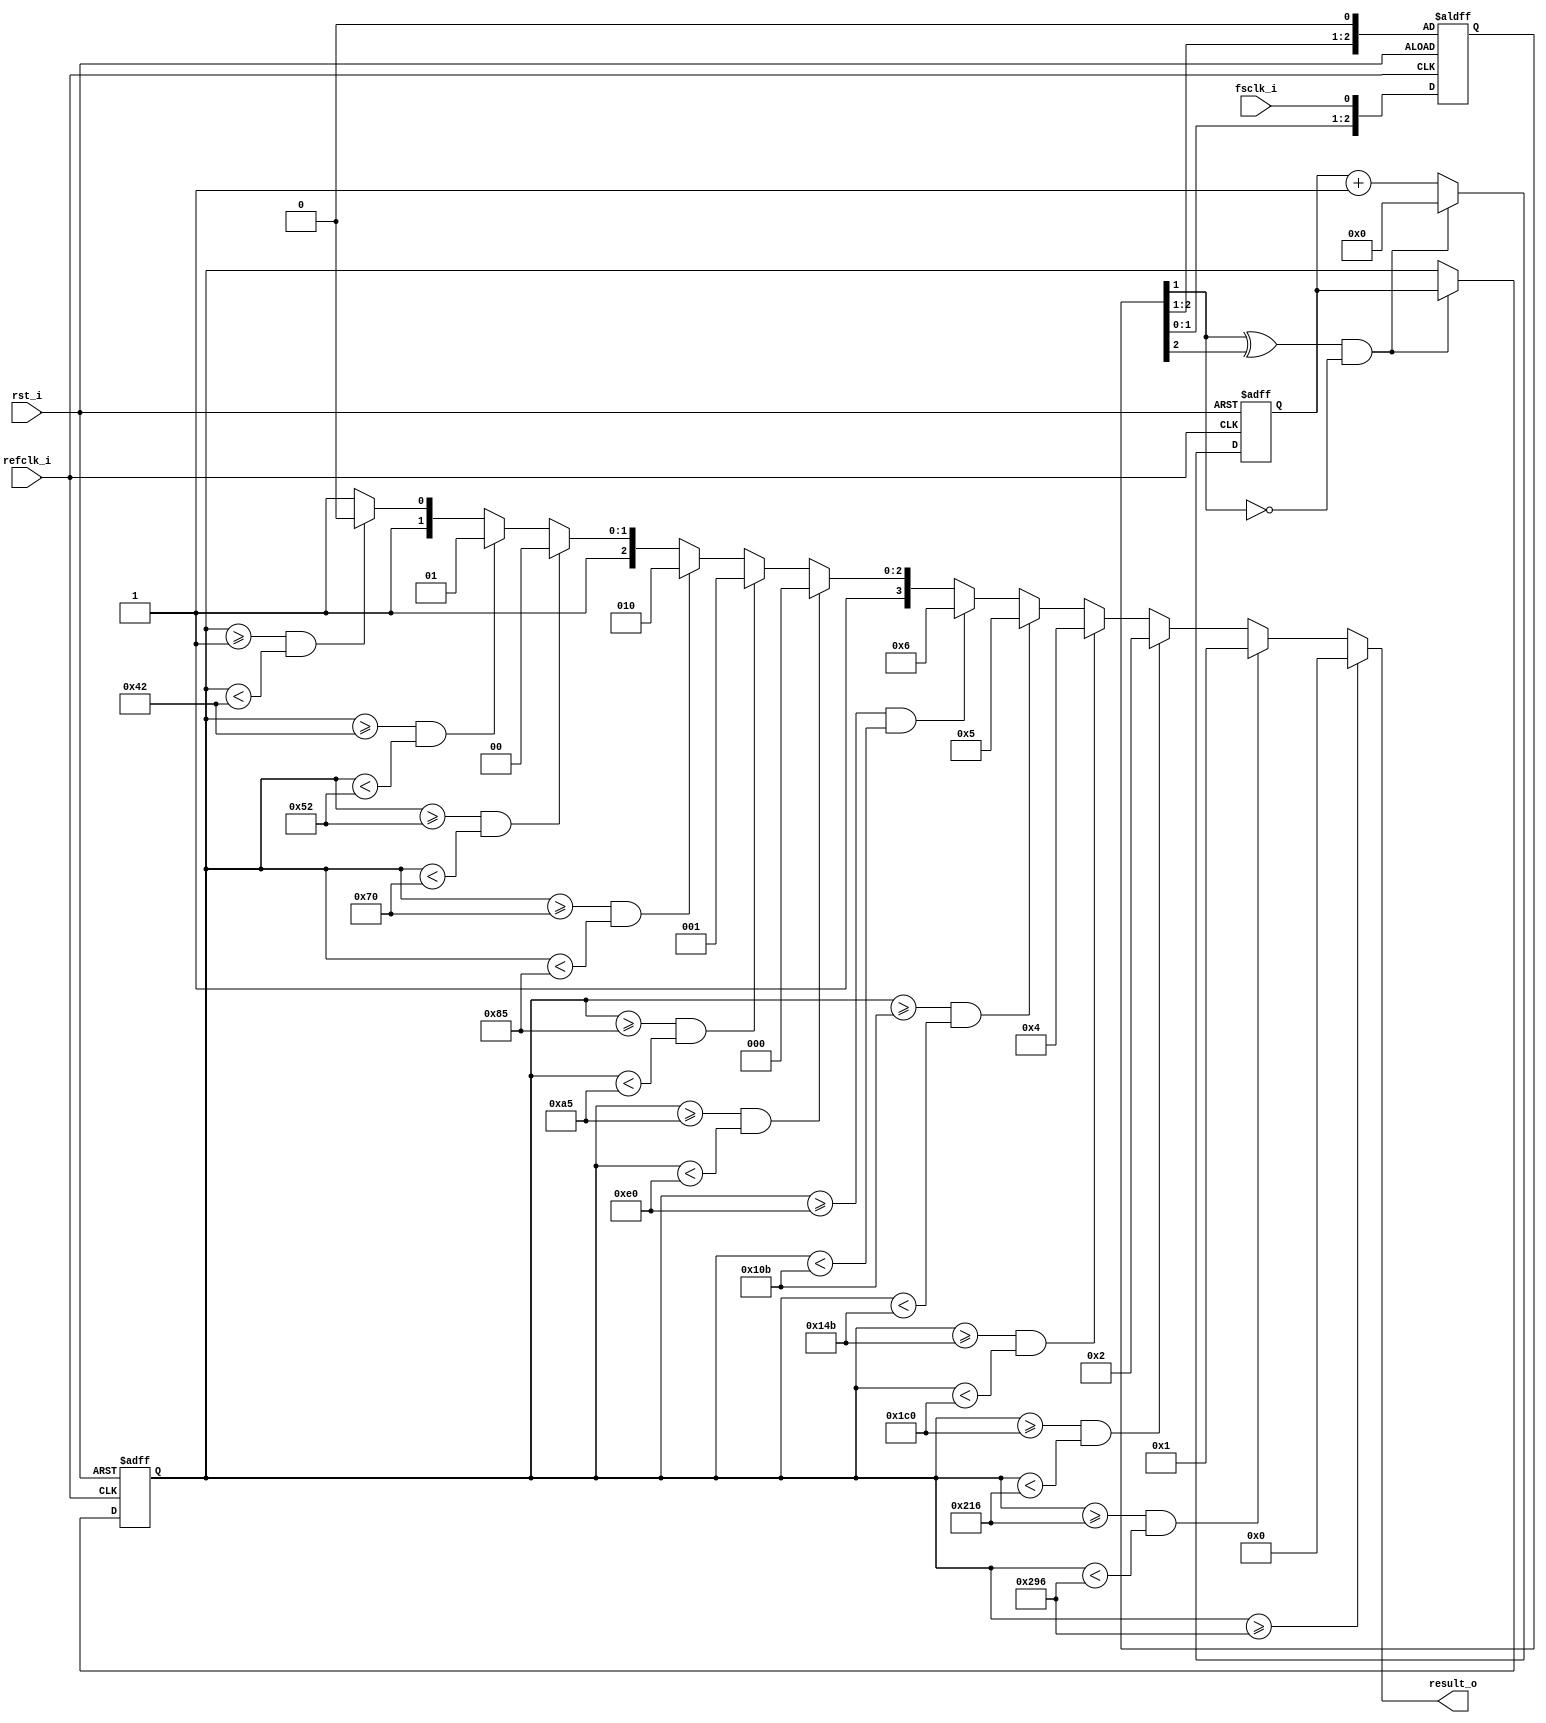
module fs_counter(
	  refclk_i
	, fsclk_i
	, rst_i
	, result_o
);

//
// I/O Ports
//
	input refclk_i;			// refclk_i must be 24.576MHz
	input fsclk_i;			// sampling clock frequency input
	input rst_i;			// Active Hi Reset
	output [3:0] result_o;	// 0000:32k, 0001:44.1k, 0010:48k, 0100:64k, 0101:88.2k, 0110:96k
							// 1000:128k, 1001:176.4k, 1010:192k, 1100:256k, 1101:352.8k: 1110:384k

//
// Wires & Registers
	reg [9:0] cnt;
	reg [9:0] l_cnt;
	reg [2:0] s_fsclk;
//
// Module
//
	//Defective for Meta-stable
	always @ (posedge rst_i or negedge refclk_i) begin
		if(rst_i) begin
			s_fsclk[0] <= 1'b0;
		end
		else begin
			s_fsclk[2:0] <= {s_fsclk[1:0], fsclk_i};
		end
	end
	//Negative Edge Detector
	wire edgedet = (s_fsclk[1] ^ s_fsclk[2]) & ~s_fsclk[1];

	always @ (posedge refclk_i or posedge rst_i) begin
		if(rst_i) begin
			l_cnt[9:0] <= 10'b0;
			cnt[9:0] <= 10'b0;
		end
		else begin
			if(edgedet) begin
				l_cnt[9:0] <= cnt[9:0];
				cnt[9:0] <= 10'b0;
			end
			else begin
				cnt[9:0] <= cnt[9:0] + 1'b1;
			end
		end
	end
	
	assign result_o = (l_cnt[9:0] >= 10'd662) ? 4'b0000 :
							(l_cnt[9:0] >= 10'd534 && l_cnt[9:0] < 662) ? 4'b0001 :
							(l_cnt[9:0] >= 10'd448 && l_cnt[9:0] < 534) ? 4'b0010 :
							(l_cnt[9:0] >= 10'd331 && l_cnt[9:0] < 448) ? 4'b0100 :
							(l_cnt[9:0] >= 10'd267 && l_cnt[9:0] < 331) ? 4'b0101 :
							(l_cnt[9:0] >= 10'd224 && l_cnt[9:0] < 267) ? 4'b0110 :
							(l_cnt[9:0] >= 10'd165 && l_cnt[9:0] < 224) ? 4'b1000 :
							(l_cnt[9:0] >= 10'd133 && l_cnt[9:0] < 165) ? 4'b1001 :
							(l_cnt[9:0] >= 10'd112 && l_cnt[9:0] < 133) ? 4'b1010 :
							(l_cnt[9:0] >= 10'd82 && l_cnt[9:0] < 112) ? 4'b1100 :
							(l_cnt[9:0] >= 10'd66 && l_cnt[9:0] < 82) ? 4'b1101 :
							(l_cnt[9:0] >= 10'd1 && l_cnt[9:0] < 66) ? 4'b1110 :
							4'b1111;
			
	
	
			
endmodule